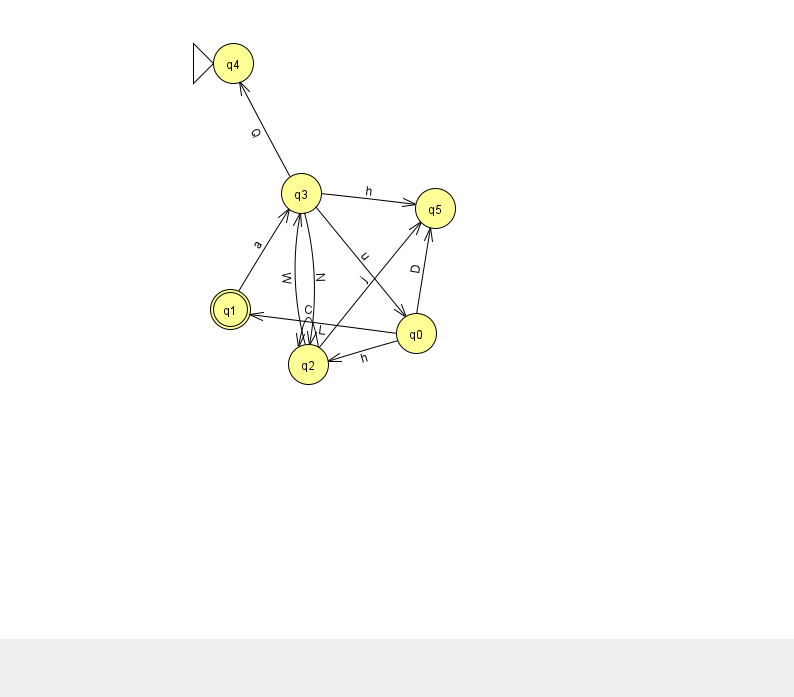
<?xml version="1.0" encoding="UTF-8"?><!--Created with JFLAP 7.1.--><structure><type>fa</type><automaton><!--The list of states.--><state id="0" name="q0"><x>416.0</x><y>320.0</y></state><state id="1" name="q1"><x>230.0</x><y>296.0</y><final/></state><state id="2" name="q2"><x>308.0</x><y>351.0</y></state><state id="3" name="q3"><x>301.0</x><y>180.0</y></state><state id="4" name="q4"><x>233.0</x><y>50.0</y><initial/></state><state id="5" name="q5"><x>435.0</x><y>195.0</y></state><!--The list of transitions.--><transition><from>3</from><to>4</to><read>Q</read></transition><transition><from>0</from><to>2</to><read>h</read></transition><transition><from>3</from><to>5</to><read>h</read></transition><transition><from>2</from><to>2</to><read>C</read></transition><transition><from>2</from><to>5</to><read>j</read></transition><transition><from>2</from><to>3</to><read>W</read></transition><transition><from>0</from><to>5</to><read>D</read></transition><transition><from>0</from><to>1</to><read>L</read></transition><transition><from>3</from><to>0</to><read>u</read></transition><transition><from>3</from><to>2</to><read>N</read></transition><transition><from>1</from><to>3</to><read>a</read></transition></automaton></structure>